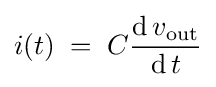
i(t)\;=\;C{\frac {\operatorname {d} v_{\text{out}}}{\operatorname {d} t}}